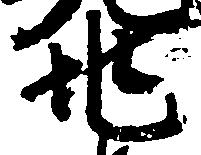
兆